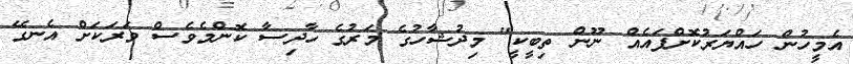
އެމީހުން ހައްޔަރުކޮށްފައެއް ނޫން ތިބީކީ" މިދުޝާހުގެ މަރުގެ ހާދިސާ ކޮންމެވެސް ވަރަކަށް އެނގޭ